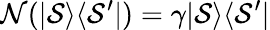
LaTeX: \mathcal{N}(|\mathcal{S}\rangle\langle\mathcal{S}^{\prime}|)=\gamma|\mathcal{S}\rangle\langle\mathcal{S}^{\prime}|